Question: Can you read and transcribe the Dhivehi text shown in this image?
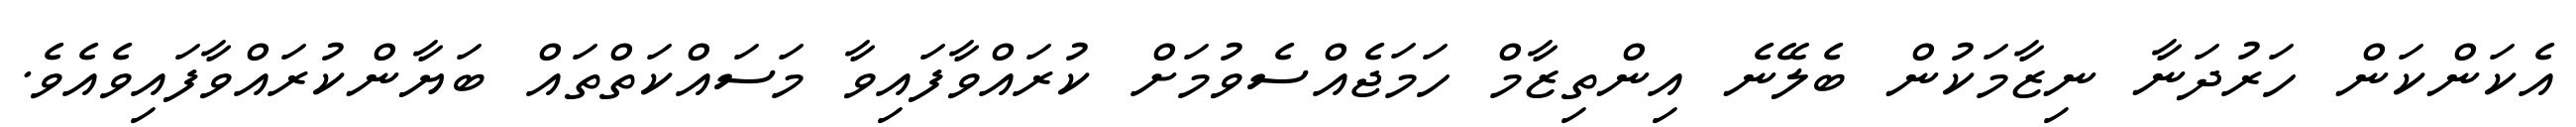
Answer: އެކަންކަން ހަރުދަނާ ނިޒާމަކުން ބެލޭނެ އިންތިޒާމް ހަމަޖެއްސެވުމަށް ކުރައްވާފައިވާ މަސައްކަތްތައް ބަޔާންކުރައްވާފައިވެއެވެ.